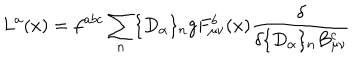
L ^ { a } ( x ) = f ^ { a b c } \sum _ { n } \{ D _ { \alpha } \} _ { n } g F _ { \mu \nu } ^ { b } ( x ) \frac { \delta } { \delta \{ D _ { \alpha } \} _ { n } B _ { \mu \nu } ^ { c } }